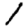
Digit: 1